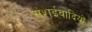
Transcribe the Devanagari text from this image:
संशईवादियों